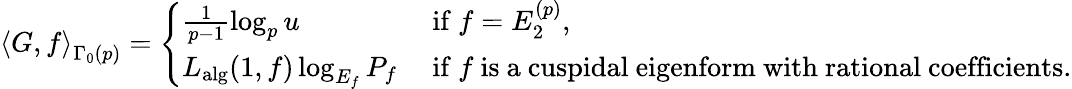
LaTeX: \left\langle G,f\right\rangle_{\Gamma_{0}(p)}=\left\{ \begin{array}{ll}{\frac{1}{p-1}\log_{p}u}&{\mathrm{~if~}f=E_{2}^{(p)},}\\ {L_{\mathrm{alg}}(1,f)\log_{E_{f}}P_{f}}&{\mathrm{~if~}f\mathrm{~is~a~cuspidal~eigenform~with~rational~coefficients}.}\end{array}\right.